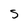
Character: S